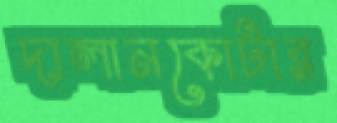
দালানকোটার